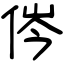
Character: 侺